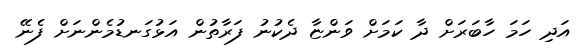
އަދި ހަމަ ހާބަރަށް ދާ ކަމަށް ވަންޏާ ދެކުނު ފަރާތުން އަޅުގަނޑުމެންނަށް ފެނޭ